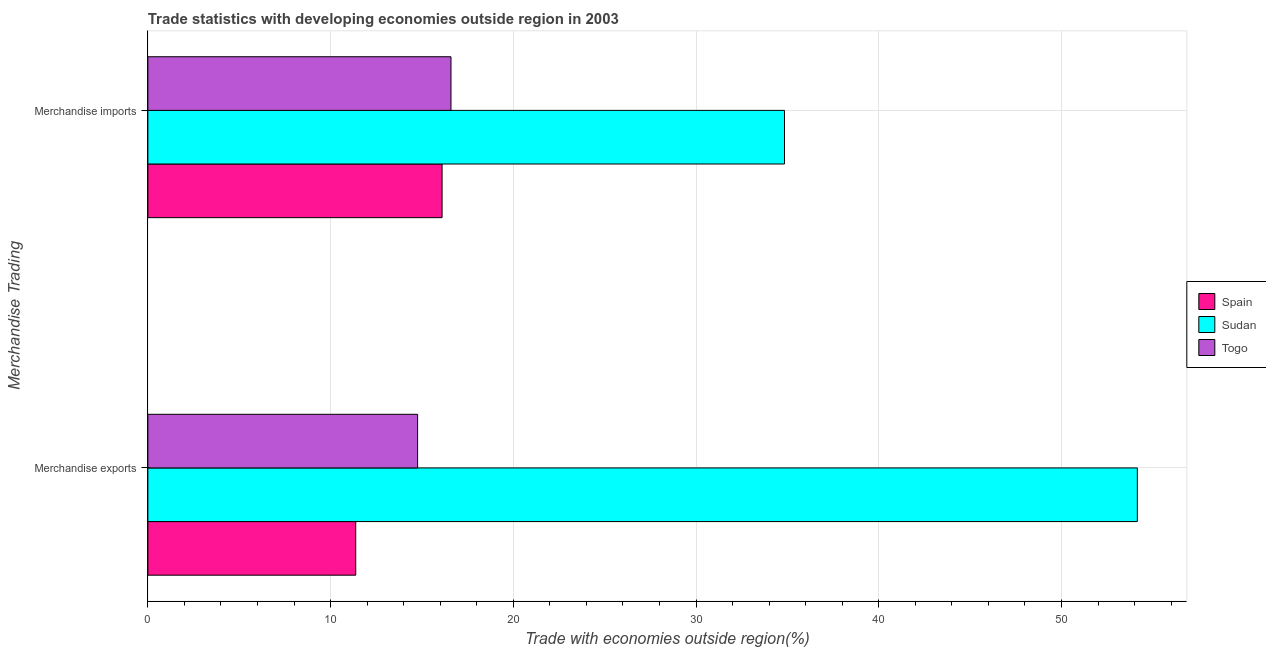
| Merchandise Trading | Spain | Sudan | Togo |
 | --- | --- | --- | --- |
 | Merchandise exports | 11.4 | 54.2 | 14.8 |
 | Merchandise imports | 16.1 | 34.8 | 16.6 |